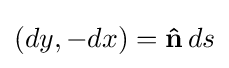
(dy,-dx)=\mathbf {\hat {n}} \,ds